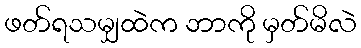
ဖတ်ရသမျှထဲက ဘာကို မှတ်မိလဲ